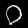
Digit: 0